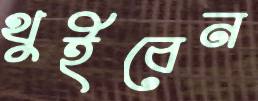
থুইবেন